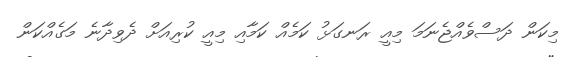
މިކަން ދަސްވެއްޖެނަމަ މިއީ ރަނގަޅު ކަމެއް ކަމާއި މިއީ ކުރިއަށް ދެވިދާނެ މަގެއްކަން